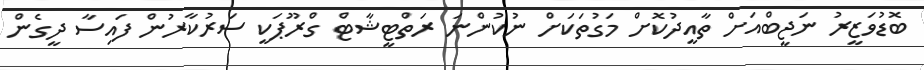
ބޮޑުވަޒީރު ނަޖީބްއަށް ތާއީދުކޮށް މަގުތަކަށް ނުކުންނަ ރަތްޓީޝާޓް ގްރޫޕަކީ ސަރުކާރުން ފައިސާ ދީގެން